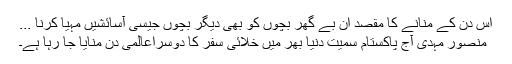
اس دن کے منانے کا مقصد ان بے گھر بچوں کو بھی دیگر بچوں جیسی آسائشیں مہیا کرنا ...
منصور مہدی آج پاکستام سمیت دنیا بھر میں خلائی سفر کا دوسراعالمی دن منایا جا رہا ہے۔